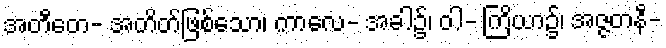
အတီတေ- အတိတ်ဖြစ်သော၊ ကာလေ- အခါ၌၊ ဝါ- ကြိယာ၌၊ အဇ္ဇတနီ-